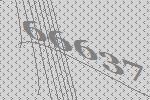
66637